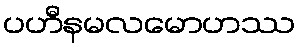
ပဟီနမလမောဟဿ